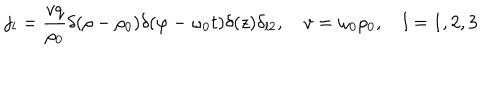
j _ { l } = \frac { v q } { \rho _ { 0 } } \delta ( \rho - \rho _ { 0 } ) \delta ( \varphi - \omega _ { 0 } t ) \delta ( z ) \delta _ { l 2 } , \quad v = \omega _ { 0 } \rho _ { 0 } , \quad l = 1 , 2 , 3